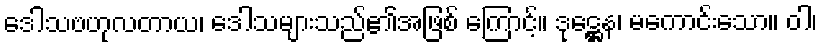
ဒေါသဗဟုလတာယ၊ ဒေါသများသည်၏အဖြစ် ကြောင့်။ ဒုဋ္ဌေန၊ မကောင်းသော။ ဝါ၊